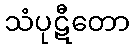
သံပုဋီတော